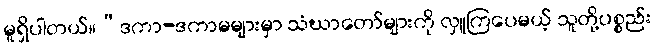
မူရှိပါတယ်။“ဒကာ-ဒကာမများမှာ သံဃာတော်များကို လှူကြပေမယ့် သူတို့ပစ္စည်း